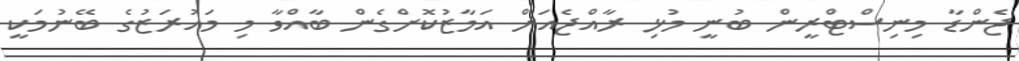
ޖެންޑާ މިނިސްޓްރީން ބުނީ މުޅި ރާއްޖެއަށް އަމާޒުކޮށްގެން ބާއްވާ މި މައުރަޒުގެ ބޭނުމަކީ